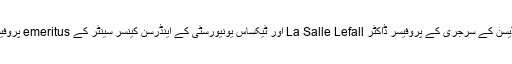
یہ رپورٹ ہارورڈ یونیورسٹی کے کالج آف میڈیسن کے سرجری کے پروفیسر ڈاکٹر La Salle Lefall اور ٹیکساس یونیورسٹی کے اینڈرسن کینسر سینٹر کے emeritus پروفیسر مارگریٹ کرپکے نے مل کر تیار کی ہے۔